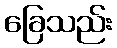
ခြေသည်း